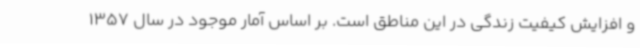
و افزایش کیفیت زندگی در این مناطق است. بر اساس آمار موجود در سال 1357